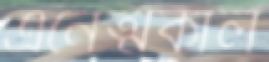
এনেত্মকাল